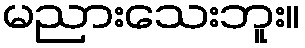
မညားသေးဘူး။